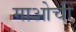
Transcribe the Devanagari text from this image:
माओची